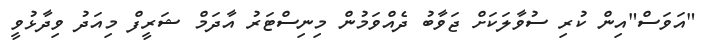
"އަވަސް"އިން ކުރި ސުވާލަކަށް ޖަވާބު ދެއްވަމުން މިނިސްޓަރު އާދަމް ޝަރީފް މިއަދު ވިދާޅުވީ